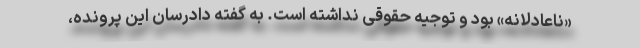
«ناعادلانه» بود و توجیه حقوقی نداشته است. به گفته دادرسان این پرونده،